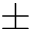
\pm